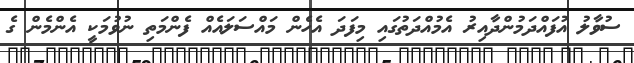
ސުވާލު އުފައްދަމުންދާއިރު އެމުއްދަތުގައި މިފަދަ އެހެން މައްސަލައެއް ފެންމަތި ނުވުމަކީ އެންމެން ގެ